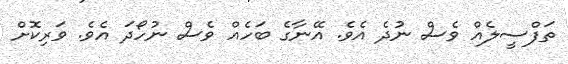
ތަފްސީލެއް ވެސް ނުދެ އެވެ. އޭނާގެ ބަހެއް ވެސް ނުހޯދަ އެވެ. ވަރިކޮށް